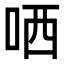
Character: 哂